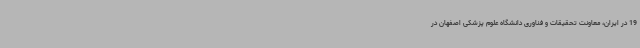
19 در ایران، معاونت تحقیقات و فناوری دانشگاه علوم پزشکی اصفهان در